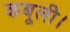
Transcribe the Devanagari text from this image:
कबूली।